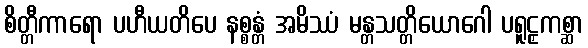
စိတ္တီကာရော ပဟီယတိပေ နစ္စန္တံ အမိဿံ မန္တသတ္တိယောဂေါ ပရူဠှကစ္ဆာ